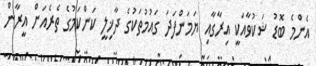
އެންމެ ބޮޑު ޝަކުވާއަކީ އިރާގާއި ޔަމަންފަދަ ގައުމުތަކުގެ ދާޚިލީ ކަންކަމުގެ ތެރެއަށް އީރާން